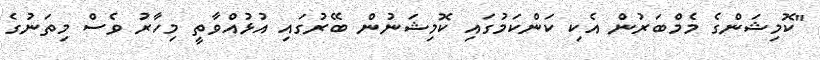
"ކޮމިޝަންގެ މެމްބަރުން އެކި ކަންކަމުގައި ކޮމިޝަނުން ބޭރުގައި އުޅުއްވާތީ މިހާރު ވެސް މިތަނުގެ